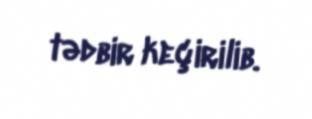
tədbir keçirilib.